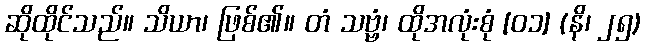
ဆိုထိုင်သည်။ သိယာ၊ ဖြစ်၏။ တံ သဗ္ဗံ၊ ထိုအလုံးစုံ [၀၁] (နိ၊ ၂၅)